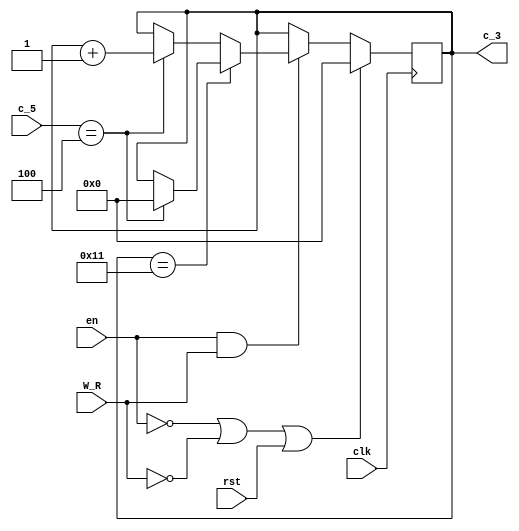
`timescale 1ns / 1ps
//////////////////////////////////////////////////////////////////////////////////
// Company: 
// Engineer: 
// 
// Design Name: 
// Module Name:    Contador_Lectura 
// Project Name: 
// Target Devices: 
// Tool versions: 
// Description: 
//
// Dependencies: 
//
// Revision: 
// Revision 0.01 - File Created
// Additional Comments: 
//
//////////////////////////////////////////////////////////////////////////////////
module Contador_Lectura(
    input rst,
    input en,
    input W_R,
    input clk,
	 input [3:0] c_5,
    output reg [4:0] c_3
    );
	 
	 
    always @(posedge clk)
         if (!en || !W_R || rst)
            c_3 <= 5'd0;
         else if (en && W_R)
		           begin
				           if (c_3 == 5'd17)
							     if (c_5 == 4'd4)
					           c_3 <= 5'd0;
								  else c_3 <= c_3;
						     else 
							     if (c_5 == 4'd4)
						        c_3 <= c_3 + 5'd1; 
								  else c_3 <= c_3;
				     end
				   else c_3 <= c_3;
						

endmodule